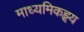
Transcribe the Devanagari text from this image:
माध्यमिकहृय